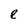
Character: e